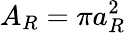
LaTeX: A_{R}=\pi a_{R}^{2}